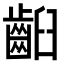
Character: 齨